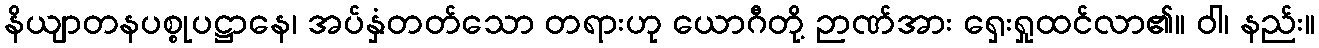
နိယျာတနပစ္စုပဋ္ဌာနေ၊ အပ်နှံတတ်သော တရားဟု ယောဂီတို့ ဉာဏ်အား ရှေးရှုထင်လာ၏။ ဝါ၊ နည်း။